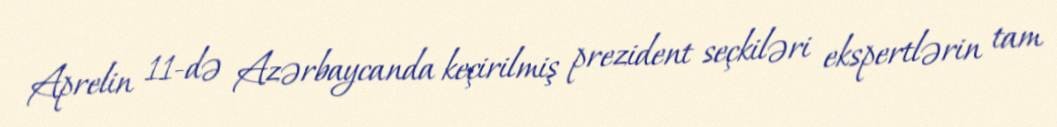
Aprelin 11-də Azərbaycanda keçirilmiş prezident seçkiləri ekspertlərin tam